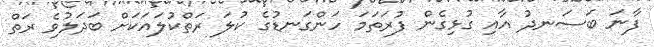
ފާނަ ބަސަނދު އާއި ގުޅިގެން ފުރަތަމަ ހަންގަނޑުގެ ކުލަ ރަތްކުލައަކަށް ބަދަލުވެ ރަތް